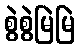
စွဲစွဲမြဲမြဲ